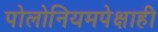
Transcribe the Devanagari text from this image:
पोलोनियमपेक्षाही